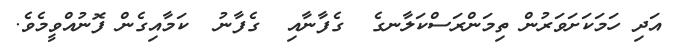
އަދި ހަމަކަށަވަރުން ތިމަންރަސްކަލާނގެ  ގެފާނާއި  ގެފާނު  ކަމާއިގެން ފޮނުއްވީމެވެ.